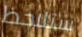
ستلاحظ